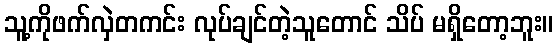
သူ့ကိုဖက်လှဲတကင်း လုပ်ချင်တဲ့သူတောင် သိပ် မရှိတော့ဘူး။